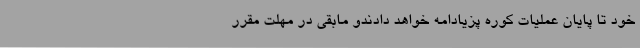
خود تا پایان عملیات کوره پزیادامه خواهد دادندو مابقی در مهلت مقرر